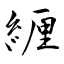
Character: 緾